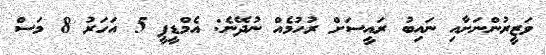
ވަޒީރުންނަށާއި ނައިބު ރައީސަށް ރުހުމެއް ނުދޭނެ: އެމްޑީޕީ 5 އަހަރު 8 މަސް